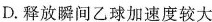
D.释放瞬间乙球加速度较大